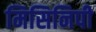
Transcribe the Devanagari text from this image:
मिसिनिपी